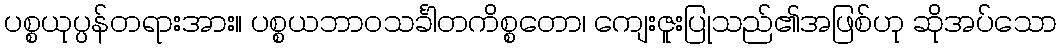
ပစ္စယုပ္ပန်တရားအား။ ပစ္စယဘာဝသင်္ခါတကိစ္စတော၊ ကျေးဇူးပြုသည်၏အဖြစ်ဟု ဆိုအပ်သော